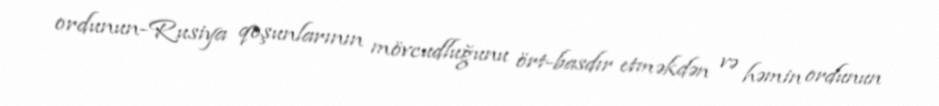
ordunun-Rusiya qoşunlarının mövcudluğunu ört-basdır etməkdən və həmin ordunun